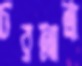
চরআত্রা